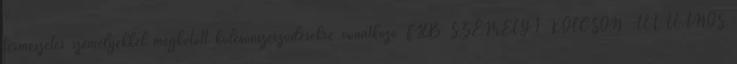
természetes személyekkel megkötött kölcsönszerződésekre vonatkozó FHB SZEMÉLYI KÖLCSÖN ÁLTALÁNOS